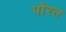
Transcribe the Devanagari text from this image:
पोरत